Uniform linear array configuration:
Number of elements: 48
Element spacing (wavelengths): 1
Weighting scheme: hann
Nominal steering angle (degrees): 60
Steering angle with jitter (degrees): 59.464
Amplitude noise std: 0.05
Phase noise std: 0.05

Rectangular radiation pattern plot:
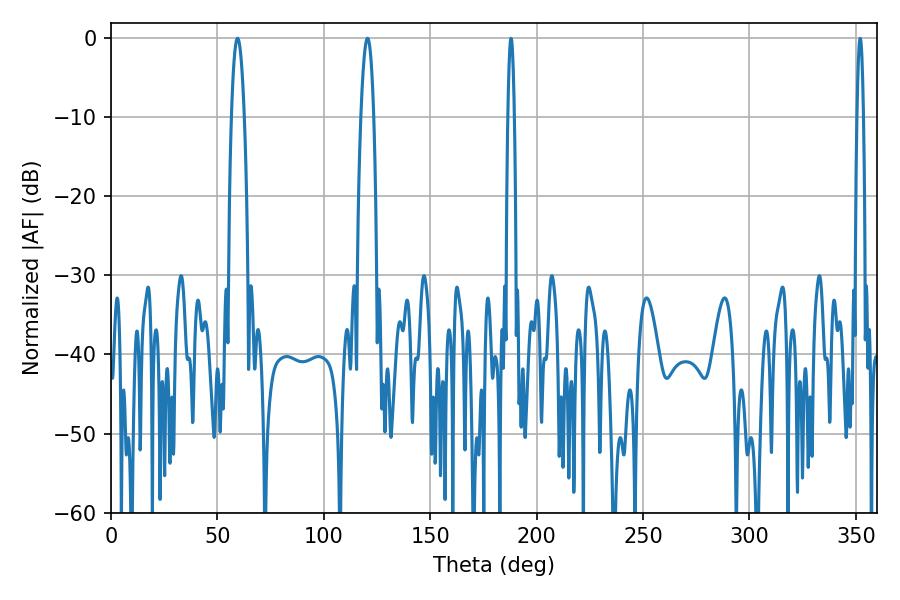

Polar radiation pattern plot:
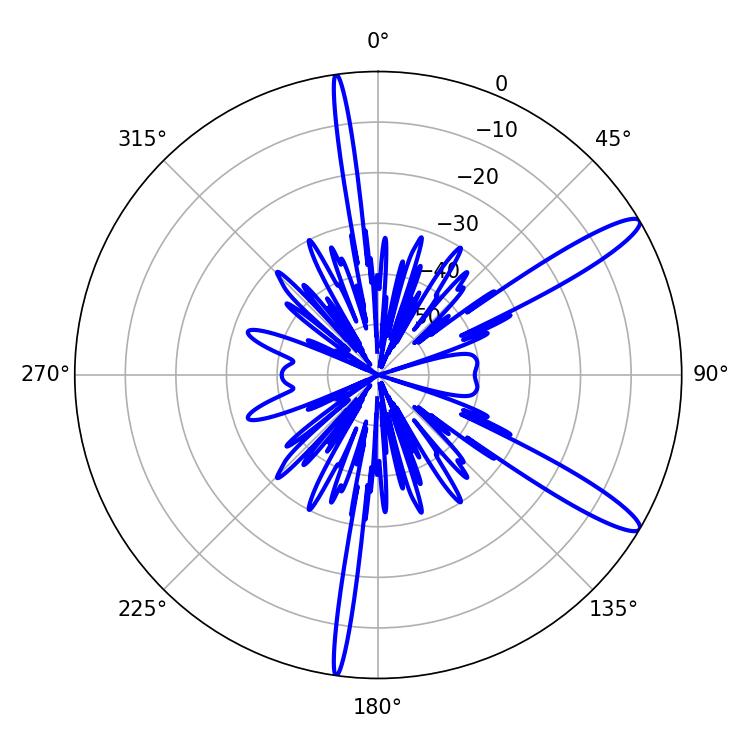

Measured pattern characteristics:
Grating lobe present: TRUE
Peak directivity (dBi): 13.009
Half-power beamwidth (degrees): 3.42
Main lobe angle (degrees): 59.4